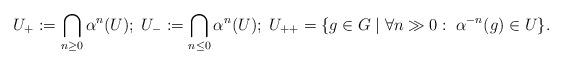
LaTeX: \begin{align*}U_+ := \bigcap_{n \ge 0}\alpha^n(U); \; U_- := \bigcap_{n \le 0}\alpha^n(U); \; U_{++} = \{g \in G \mid \forall n \gg 0 : \; \alpha^{-n}(g) \in U\}.\end{align*}